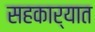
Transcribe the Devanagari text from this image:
सहकार्यात